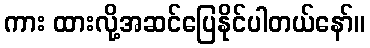
ကား ထားလို့အဆင်ပြေနိုင်ပါတယ်နော်။